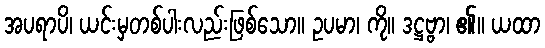
အပရာပိ၊ ယင်းမှတစ်ပါးလည်းဖြစ်သော။ ဥပမာ၊ ကို။ ဒဋ္ဌဗ္ဗာ၊ ၏။ ယထာ